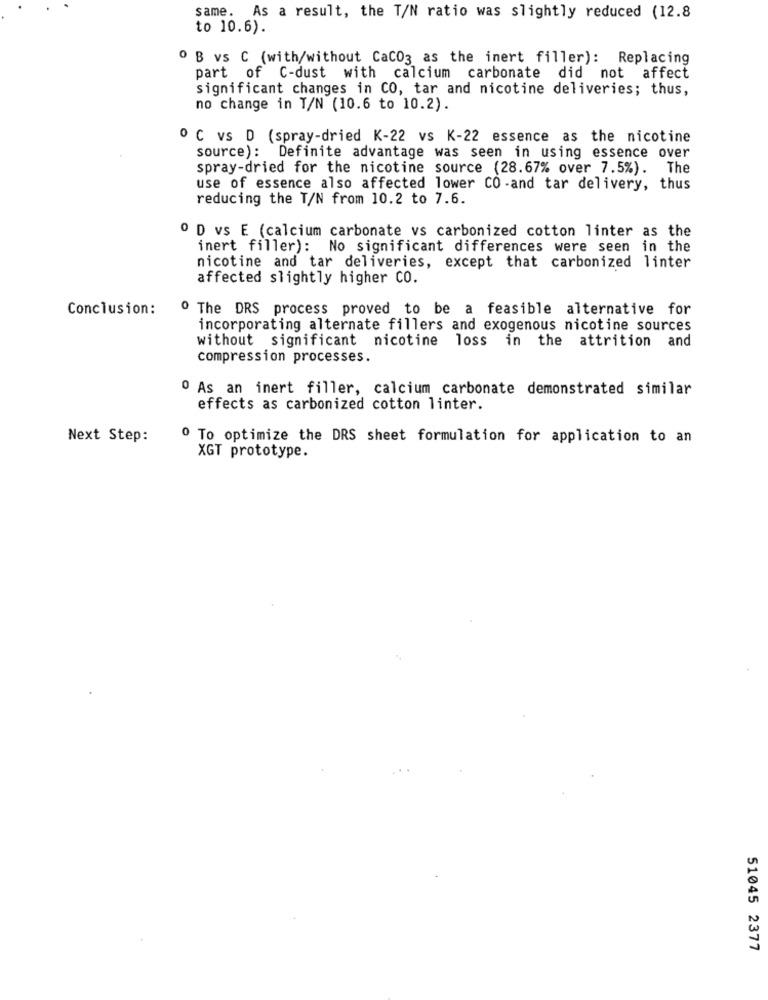
same. As a result, the T/N ratio was slightly reduced (12.8
to 10.6).
º B vs C (with/without CaCO3 as the inert filler): Replacing
part of C-dust with calcium carbonate did not affect
significant changes in CO, tar and nicotine deliveries; thus,
no change in T/N (10.6 to 10.2).
º C vs D (spray-dried K-22 vs K-22 essence as the nicotine
source): Definite advantage was seen in using essence over
spray-dried for the nicotine source (28.67% over 7.5%). The
use of essence also affected lower CO -and tar delivery, thus
reducing the T/N from 10.2 to 7.6.
O D vs E (calcium carbonate vs carbonized cotton linter as the
inert filler): No significant differences were seen in the
nicotine and tar deliveries, except that carbonized linter
affected slightly higher CO.
Conclusion:
º The DRS process proved to be a feasible alternative for
incorporating alternate fillers and exogenous nicotine sources
without significant nicotine loss in the attrition and
compression processes.
0 As an inert filler, calcium carbonate demonstrated similar
effects as carbonized cotton linter.
Next Step:
0 To optimize the DRS sheet formulation for application to an
XGT prototype.
51045 2377